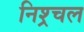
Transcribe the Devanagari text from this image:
निश्र्चल